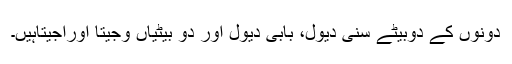
دونوں کے دوبیٹے سنی دیول، بابی دیول اور دو بیٹیاں وجیتا اوراجیتاہیں۔